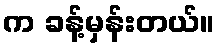
က ခန့်မှန်းတယ်။